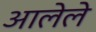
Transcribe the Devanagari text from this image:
अालेले